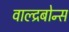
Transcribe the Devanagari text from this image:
वाल्द्रबोन्स